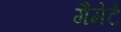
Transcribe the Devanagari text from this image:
गैमेटे